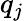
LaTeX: q_{j}